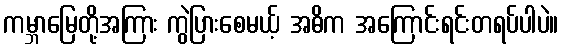
ကမ္ဘာမြေတို့အကြား ကွဲပြားစေမယ့် အဓိက အကြောင်းရင်းတရပ်ပါပဲ။